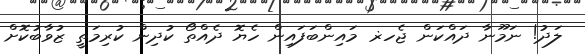
ލަދު! ނަމޫނާ ދައްކަން ޖެހޜ މައިންބަފައިން ހެޔޮ ދެއްތޯ ކުދިން ކުރިމަތީ ޒުވާބުކޮށް